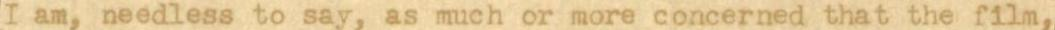
I am, needless to say, as much or more concerned that the fllm,